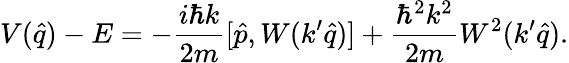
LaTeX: V(\hat{q})-E=-\frac{i\hbar k}{2m}[\hat{p},W(k^{\prime}\hat{q})]+\frac{\hbar^{2}k^{2}}{2m}W^{2}(k^{\prime}\hat{q}).